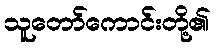
သူတော်ကောင်းတို့၏